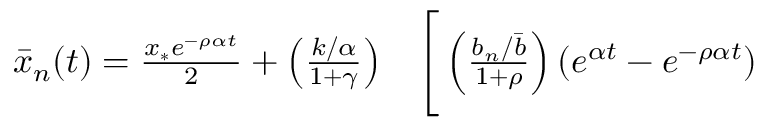
\begin{array} { r l } { \bar { x } _ { n } ( t ) = \frac { x _ { * } e ^ { - \rho \alpha t } } { 2 } + \left( \frac { k / \alpha } { 1 + \gamma } \right) } & { { } \Bigg [ \left( \frac { b _ { n } / \bar { b } } { 1 + \rho } \right) ( e ^ { \alpha t } - e ^ { - \rho \alpha t } ) } \end{array}